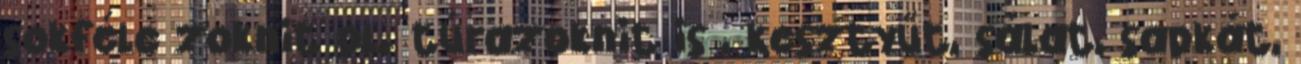
sokféle zoknit pl. túrazoknit is , kesztyűt, sálat, sapkát,